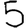
Digit: 5